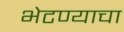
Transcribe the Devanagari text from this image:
भेटण्याचा